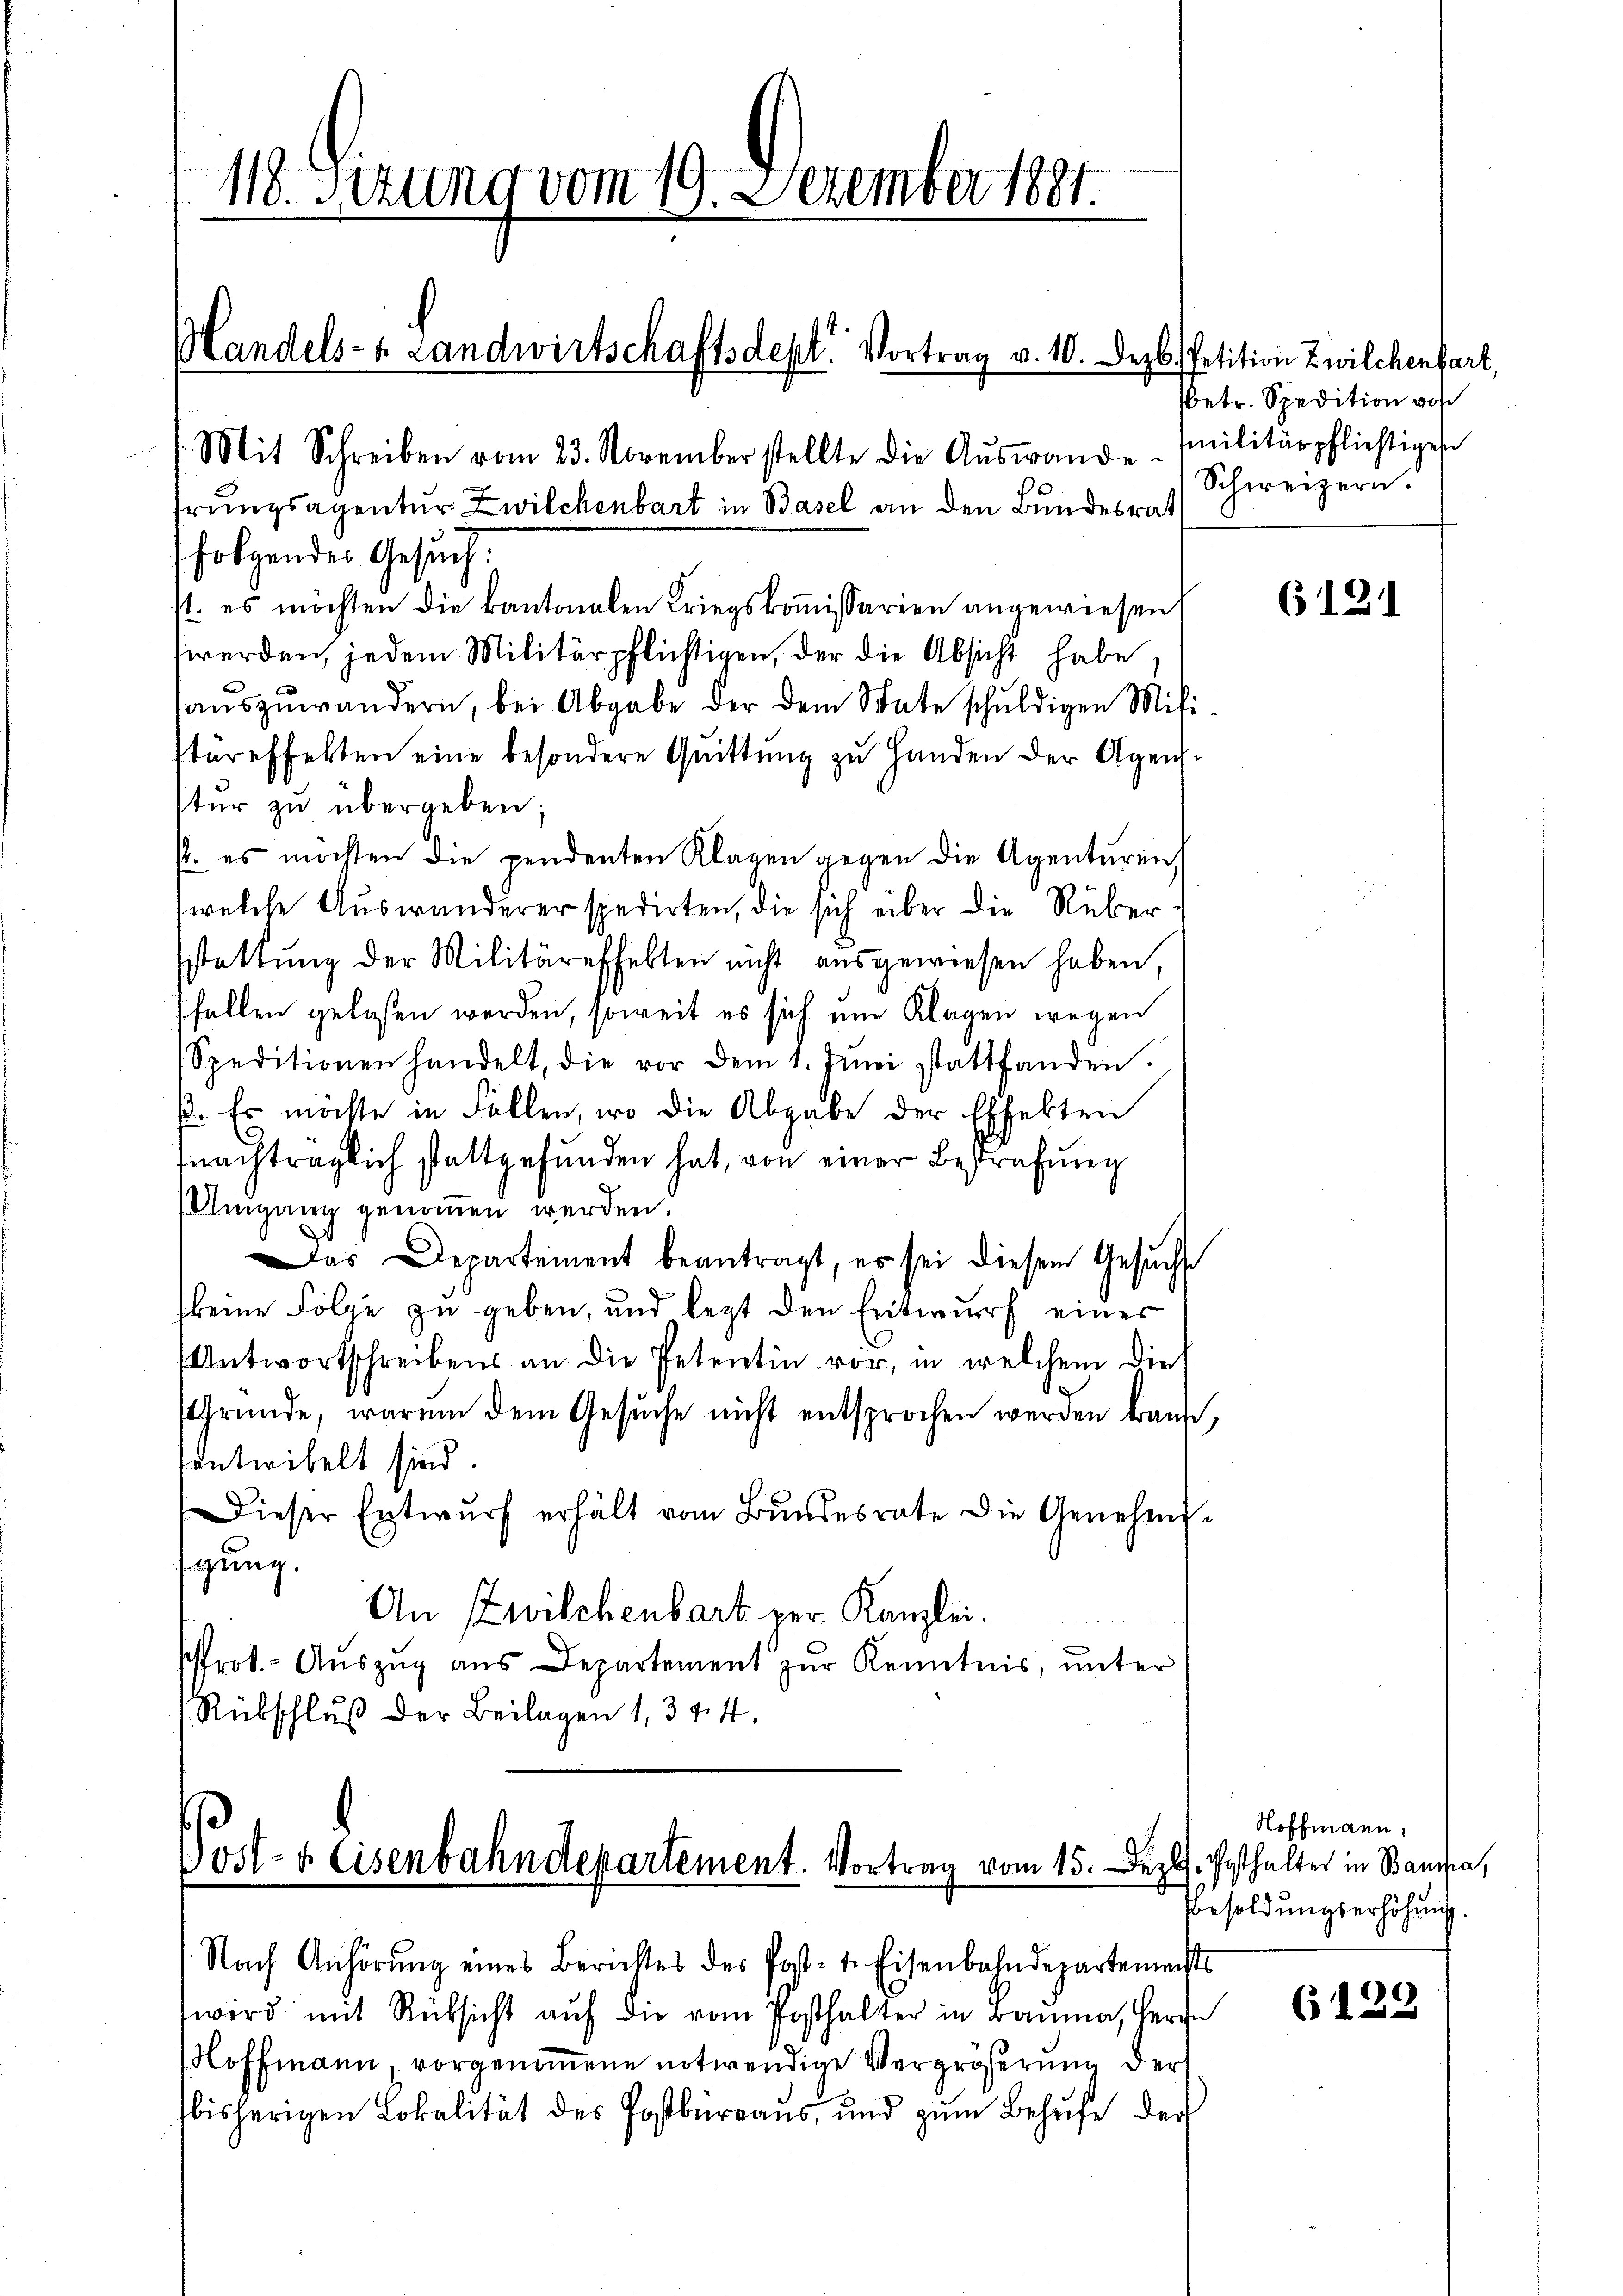
118. Situng vom 19. Dezember 1881.
i
Mit Schreiben vom 23. November stellte die Aŭswande Militärpflichtigen
rungsagentur Zwilchenbart in Basel an den Bundesrath
folgendes Gesuch.
st. es möchten die kantonalen Kriegskommissarien angewiesen,
werden, jedem Militärpflichtigen, der die Absicht habe,
auszuwandern, bei Abgabe der dem State schuldigen Mili¬

Post- & Eisenbahndepartement. Vortrag vom 15. Dezbr. Posthalter in Bana,

Handels- & Landwirtschaftsdept. Vortrag v. 10. Dezb. Petition Zwilchenfart,

täreffekten eine besondere Quittung zu Handen der Agenstŭr zŭ übergeben;
p. es möchten die pendenten Klagen gegen die Agenturen,
welche Auswanderer spedirten, die sich über die Rüber
sstattung der Militäreffekten nicht ausgewiesen haben,
sfallen gelassen werden, soweit es sich ein Klagen wegen
Speditionen handelt, die vor dem 1. Jŭni stattfanden.
p. Es möchte in Fällen, wo die Abgabe der Effekten
fnachträglich stattgefunden hat, von einer Bestrafung
Umgang genommen werden.
Das Departement beantragt, es sei diesem Gesŭch
keine Folge zu geben, und lezt den Entwurf eines
Antwortschreibens an die Petentin vor, in welchem die
sfründe, warum dem Gesŭche nicht entsprochen werden kann.
tentwickelt sind.
Dieser Entwŭrf erhält vom Bundesrate die Genehmisigung.
An Zwilchenbart per Kanzlei.
frot. - Auszug aus Departement zur Kenntnis, unter
Rübschluß der Beilagen 1, 344.

Nach Anhörung eines Berichtes des Post- u. Eisenbahndepartements
wird mit Rücksicht aŭf die vom Posthalter in Bauma, Herze
Hoffmann, vorgenommene notwendige Vergrößerung der
bisherigen Lokalität des Postbürraus, und zum Behufe der

betr. Spedition vor
Schweizern.

6121

Hoffmann,
Besoldungserhöhung.

6129